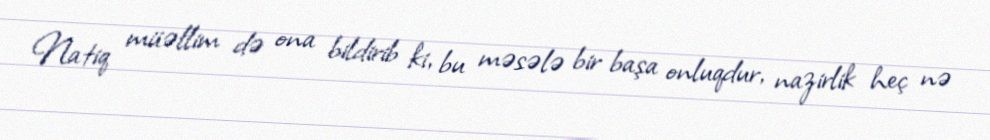
Natiq müəllim də ona bildirib ki, bu məsələ bir başa onluqdur, nazirlik heç nə